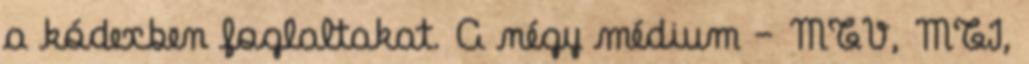
a kódexben foglaltakat. A négy médium – MTV, MTI,